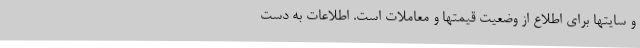
و سایتها برای اطلاع از وضعیت قیمتها و معاملات است. اطلاعات به دست